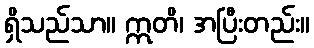
ရှိသည်သာ။ ဣတိ၊ အပြီးတည်း။